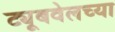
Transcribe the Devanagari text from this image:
ट्यूबवेलच्या